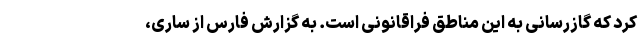
کرد که گازرسانی به این مناطق فراقانونی است. به گزارش فارس از ساری،